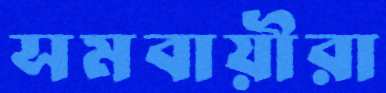
সমবায়ীরা